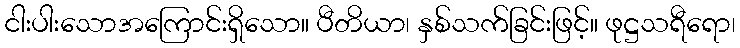
ငါးပါးသောအကြောင်းရှိသော။ ပီတိယာ၊ နှစ်သက်ခြင်းဖြင့်။ ဖုဋ္ဌသရီရော၊